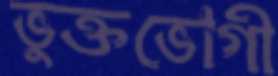
ভুক্তভোগী